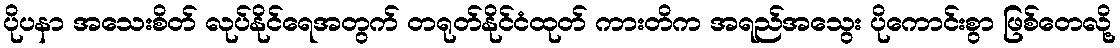
ပိုပနာ အသေးစိတ် လုပ်နိုင်ရေအတွက် တရုတ်နိုင်ငံထုတ် ကားတိက အရည်အသွေး ပိုကောင်းစွာ ဖြစ်တေလို့